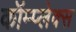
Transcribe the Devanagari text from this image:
कॉम्‍प्‍लेक्‍स